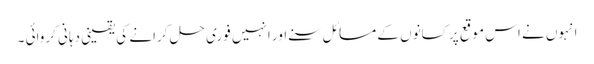
انہوں نے اس موقع پر کسانوں کے مسائل سنے اور انہیں فوری حل کرانے کی یقینی دہانی کروائی ۔